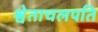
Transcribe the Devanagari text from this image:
श्वेताचलपति